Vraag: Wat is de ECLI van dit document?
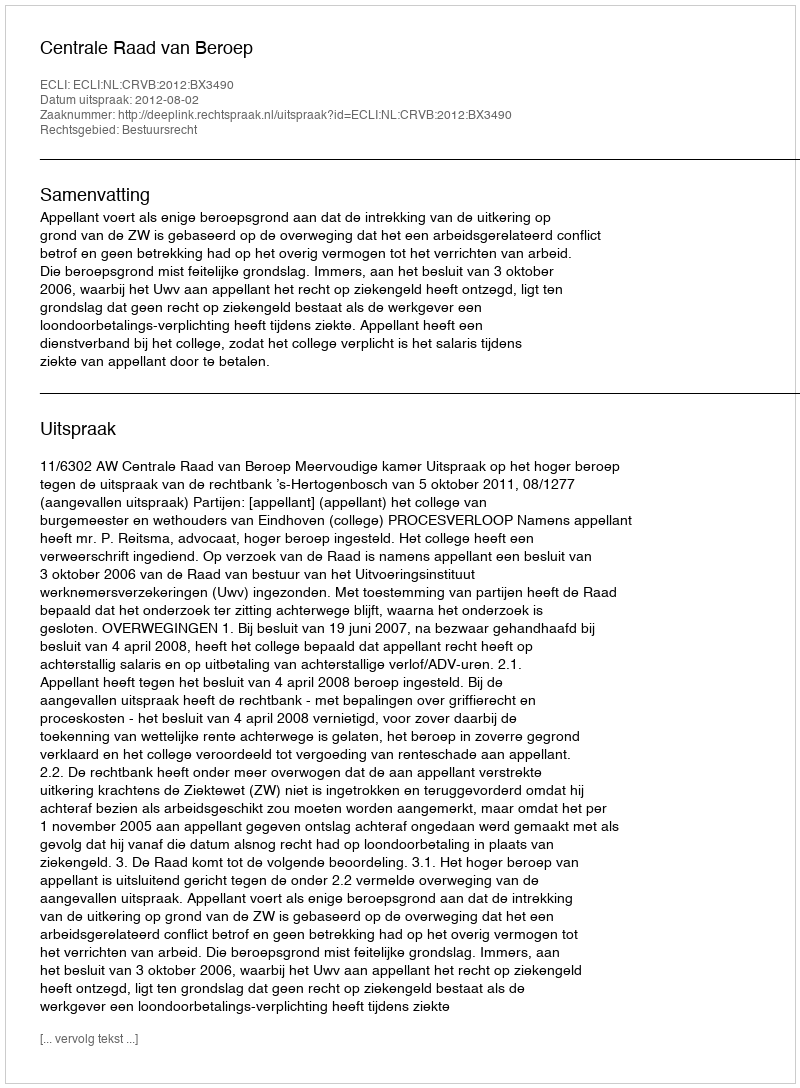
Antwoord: ECLI:NL:CRVB:2012:BX3490